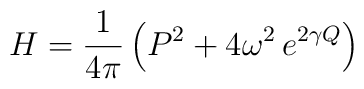
H=\frac{1}{4\pi}\left(P^2+4\omega^2\, e^{2\gamma Q}\right)